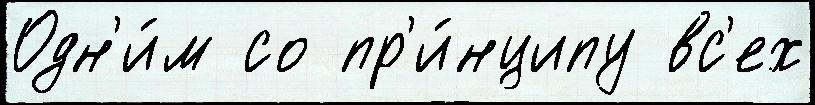
Одн'и́м со пр'и́нципу вс'ех